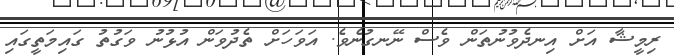
ރިމީޝާ އަށް އިނދެވުނުތަން ވެސް ނޭނގުނެވެ. އަވަހަށް ތެދުވަން އުޅުނު ވަގުތު ގައިމަތީގައި